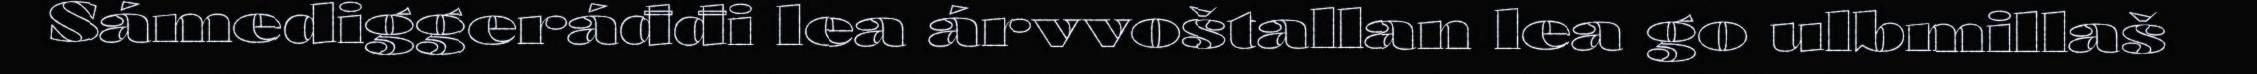
Sámediggeráđđi lea árvvoštallan lea go ulbmillaš